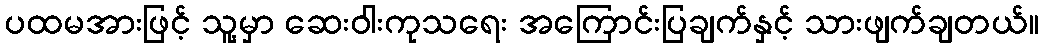
ပထမအားဖြင့် သူ့မှာ ဆေးဝါးကုသရေး အကြောင်းပြချက်နှင့် သားဖျက်ချတယ်။